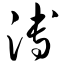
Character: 溥